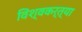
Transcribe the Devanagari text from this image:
विश्वकर्त्या